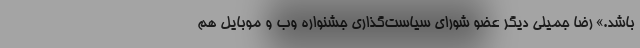
باشد.» رضا جمیلی دیگر عضو شورای سیاست‌گذاری جشنواره وب و موبایل هم